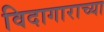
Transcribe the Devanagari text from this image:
विदागाराच्या